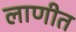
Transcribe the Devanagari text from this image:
लाणीत